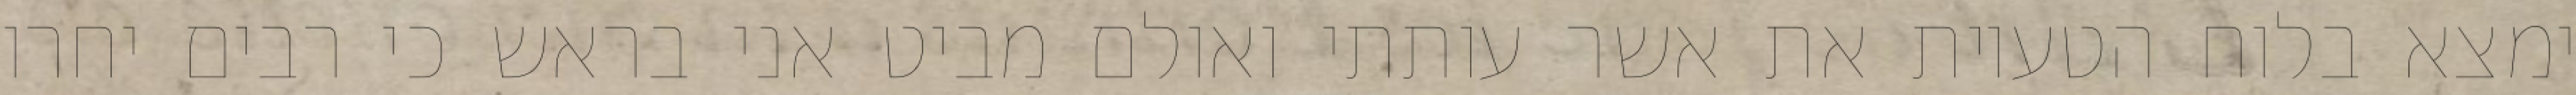
ימצא בלוח הטעיות את אשר עותתי ואולם מביט אני בראש כי רבים יחרו